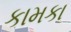
કામકા